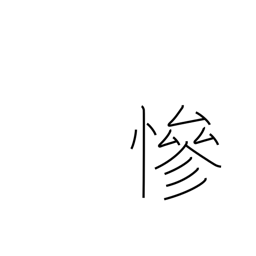
Meaning: cruel